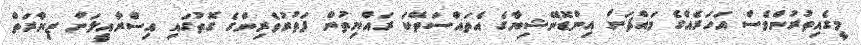
މީގެއިތުރުންވެސް އަހަރެއްގެ މައްޗަށް އިންޑޮނޭޝިޔާގެ އެތައްސަތޭކަ ރައްޔިތުން ފަތުރުވެރިންގެ ގޮތުގައި އިސްރާއީލަށް ޒިޔާރަތް